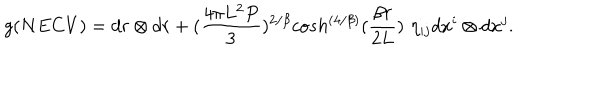
g ( N E C V ) = d r \otimes d r + ( { \frac { 4 \pi L ^ { 2 } P } { 3 } } ) ^ { 2 / \beta } c o s h ^ { \left( { 4 / \beta } \right) } ( { \frac { \beta r } { 2 L } } ) \, \, \eta _ { i j } d x ^ { i } \otimes d x ^ { j } .